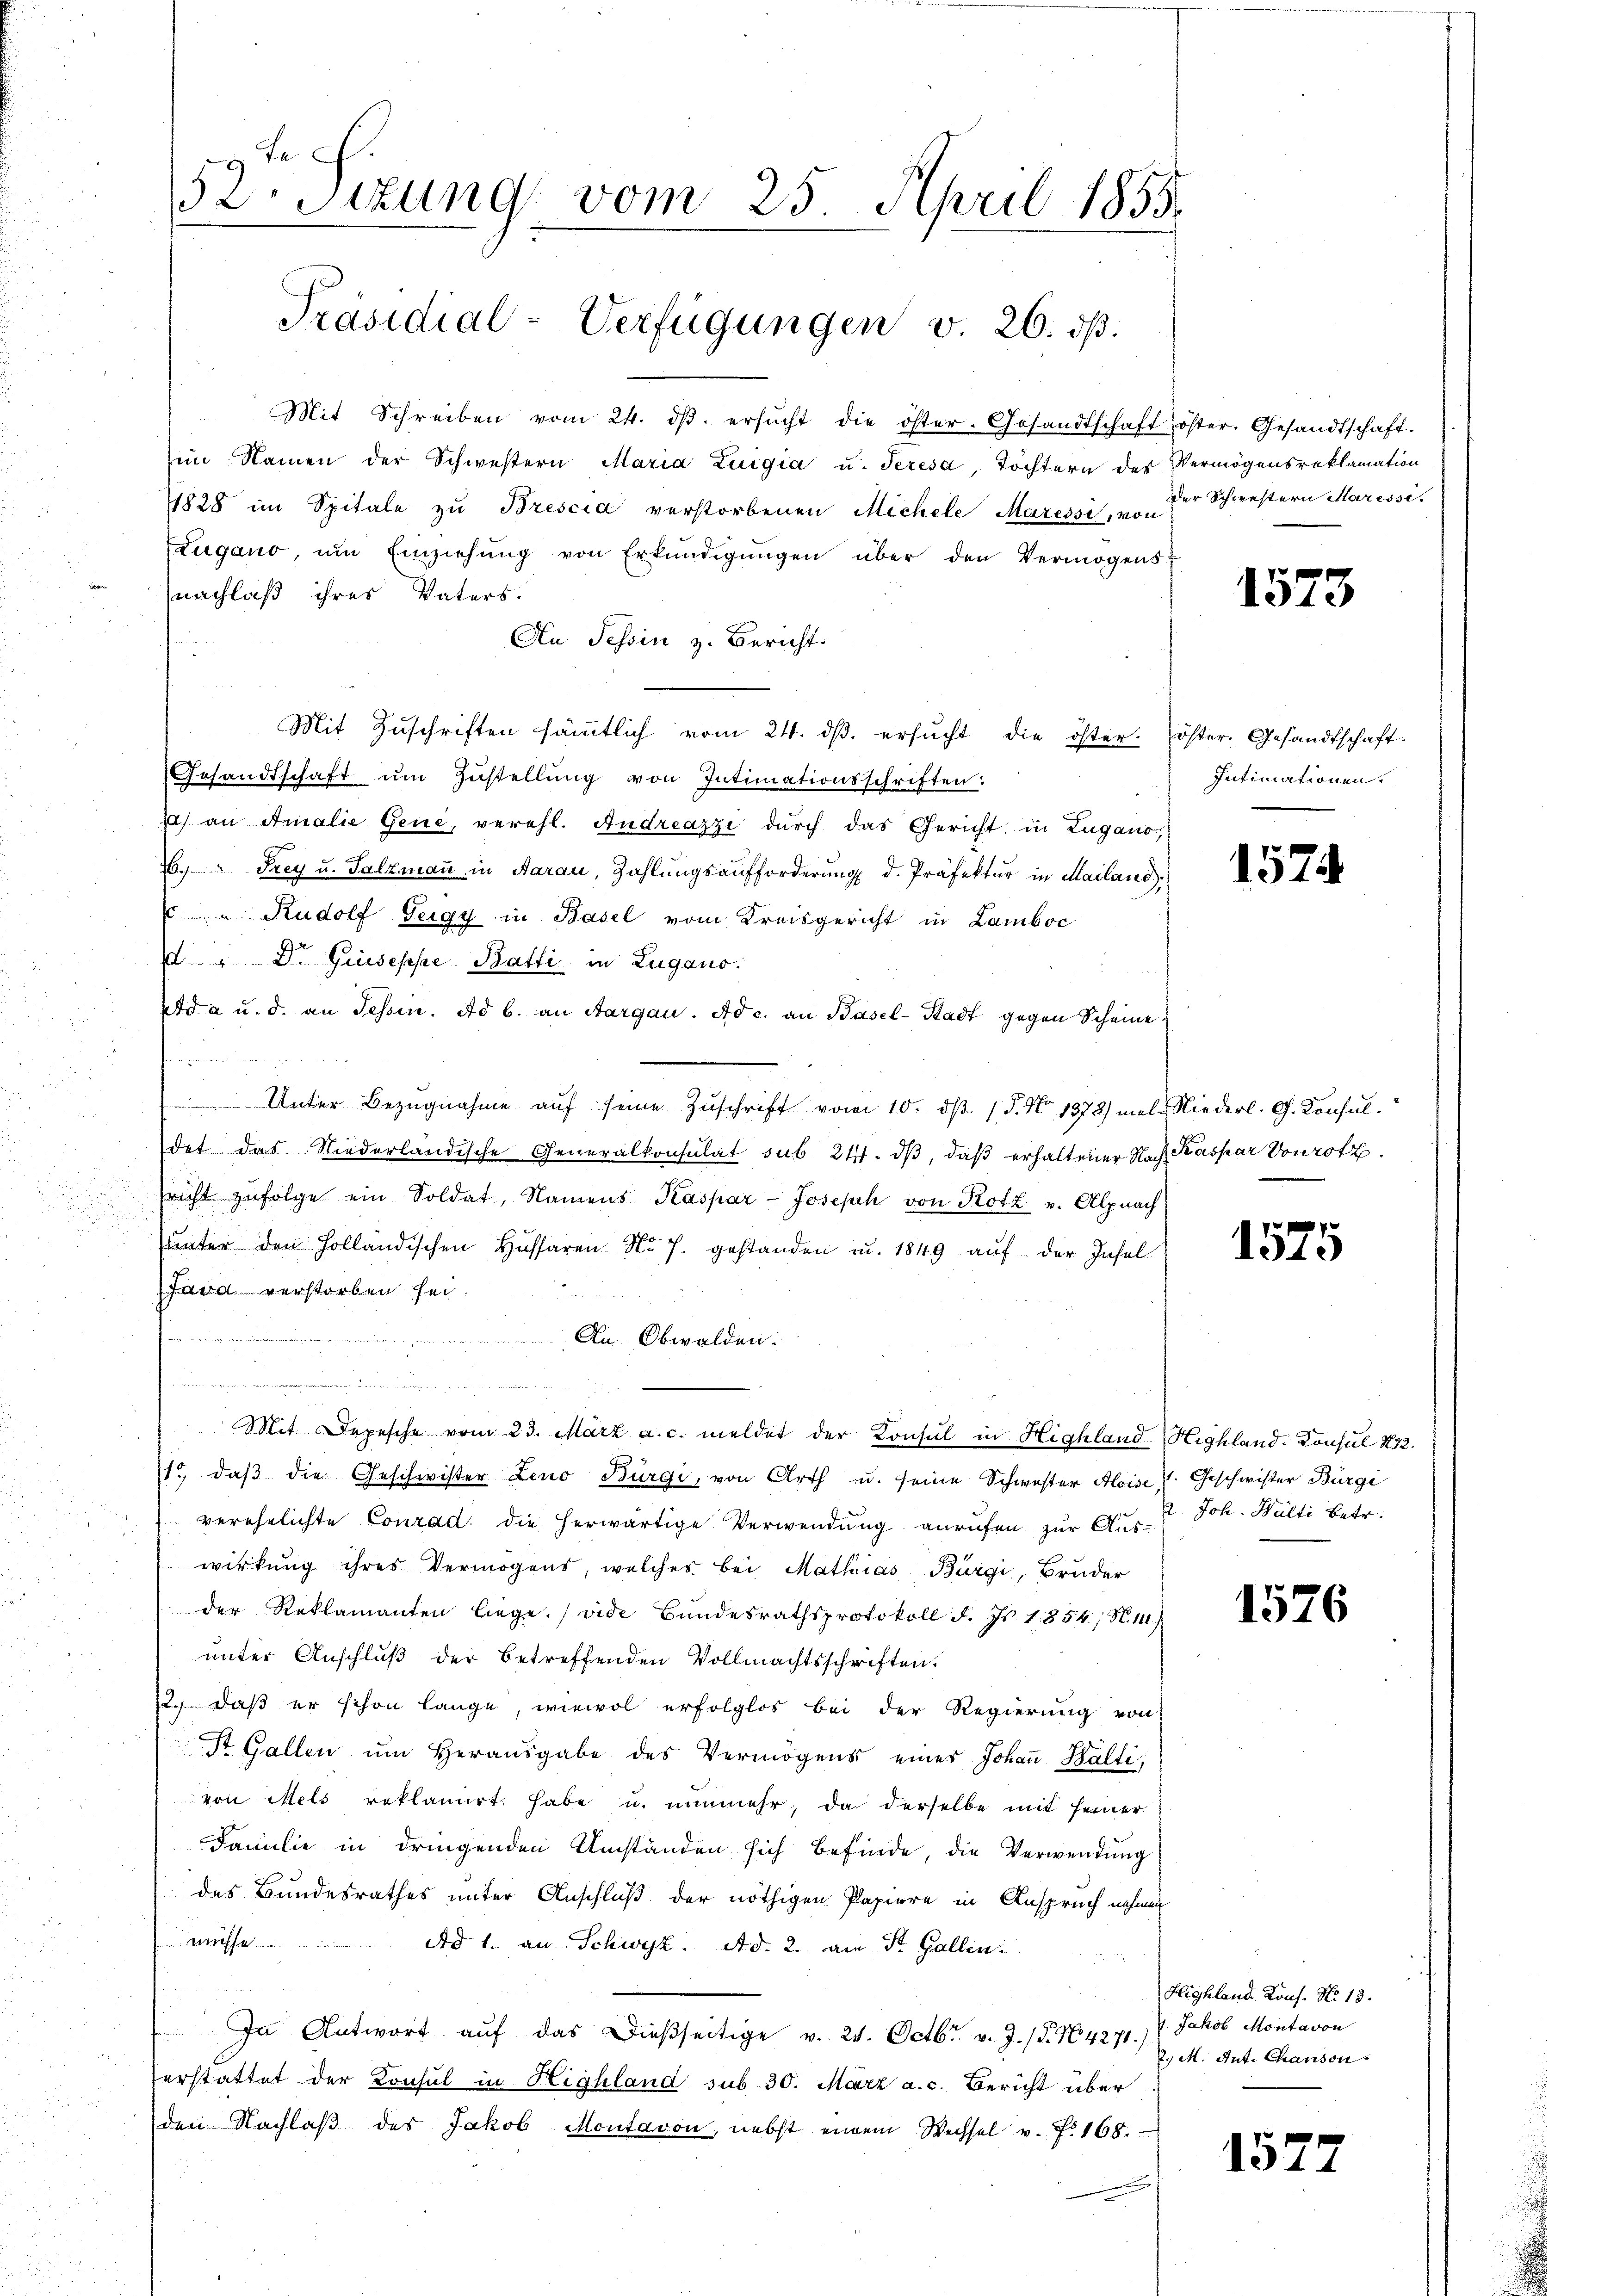
Mit Schreiben vom 24. dβ. ersŭcht die öster. Gesandtschaft öster. Gesandtschaft.
in Namen der Schwestern Maria Luigia u. Teresa, Töchtern des
11828 im Spitale zu Brescia verstorbenen Michele Maressi, von
Zugano, ŭm Einziehŭng von Erkŭndigŭngen über den Vermögensnachlaß ihres Vaters.
An Schin z. Bericht.
Mit Zuschriften sämmtlich vom 24. ds. ersucht die öster-
Gesandtschaft ŭm Zŭstellung von Intimationsschriften:
a) an Amalie Gene, verehl. Andreazzi durch das Gericht in Lugano,
6. " Frey u. Salzmaṅ in Aarau, Zahlŭngsaufforderŭng d. Präfektur in Mailand,
 u Rudolf Teigy in Basel vom Kreisgericht in Lamboc
 " Dr. Guseppe Batti in Zugano.
Eda u. d. an Tessin. Ad b. an Aargau. Ad c. an Basel-Stadt gegen Scheine

ter Bezugnahme aŭf seine Zŭschrift vom 10. dβ. / 5. No 1372) mal Niederl. G. Konsul
det das Niederländische Generalkonsulat sub 24. dβ, daß erhaltener Nach Kaspar Vonroth
sricht zŭfolge ein Soldat, Namens Kaspar- Joseph von Kotz u. Alpnach
ŭnter den Holländischen Hüffaren Nr. 7. gestanden u. 1849 aŭf der Insel
Land verstorben sei.
An Obwalden.
n
m
Mit Depesche vom 23. März a. c. meldet der Konsul in Highland-Highland-Consul 472.
15, daß die Geschwister Leno Bürgi, von Arth u. seine Schwester Aloise. Geschwister Bürge
verehelichte Conrad die herwärtige Verwendŭng anrufen zŭr Aŭs- Joh. Hulti betr.
wirkung ihres Vermögens, welches bei Mathias Bürgi, Bruder
der Reklamanten liege. (vide Bundesrathsprotokoll d. Js. 1854; N. 11,
unter Anschluß der betreffenden Vollmachtsschriften.
12. daß er schon lange, wiewol erfolglos bei der Regierung von
St. Gallen ŭm Herausgabe des Vermögens einer Johaṅ Balti
von Mels reklamirt habe u. nunmehr, da derselbe mit seiner
Familie in dringenden Umständen sich befinde, die Verwendung
des Bundesrathes unter Anschluß der nöthigen Papiere in Anspruch nehmen
A
Ad 1. an Schwyz. Ad. 2. am St. Gallin.
In Antwort aŭf das dießseitige v. 24. Octbr. v. J. (T. N. 427. v. Jakob Montavon
erstattet der Konsul in Highland sub 30. März a. c. Bericht über
den Nachlaβ des Jakob Montavon, nebst einem Wechsel v. Fr. 168.

52. Sizung vom 25. April 1855.
Präsidial-Verfügungen v. 26. dß.

Vermögensreklamation
der Schwestern Maresse.

1573

öster. Gesandtschaft.
Intimationen.

1574

1575

1576

Highland Kons. No 13.
2. M. Ant. Chanson

1527